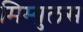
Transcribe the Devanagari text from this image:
मिम्युलस